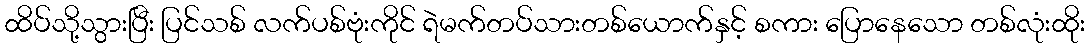
ထိပ်သို့သွားပြီး ပြင်သစ် လက်ပစ်ဗုံးကိုင် ရဲမက်တပ်သားတစ်ယောက်နှင့် စကား ပြောနေသော တစ်လုံးထိုး